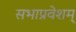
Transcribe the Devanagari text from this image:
सभाप्रवेशम्